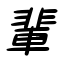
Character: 輩